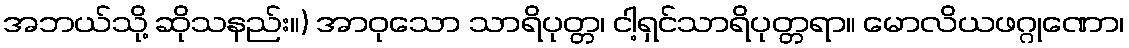
အဘယ်သို့ ဆိုသနည်း။) အာဝုသော သာရိပုတ္တ၊ ငါ့ရှင်သာရိပုတ္တရာ။ မောလိယဖဂ္ဂုဏော၊